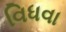
વિધવા